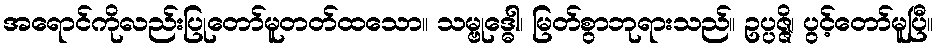
အရောင်ကိုလည်းပြုတော်မူတတ်ထသော။ သမ္ဗုဒ္ဓေါ၊ မြတ်စွာဘုရားသည်။ ဥပ္ပဇ္ဇိ၊ ပွင့်တော်မူပြီ။